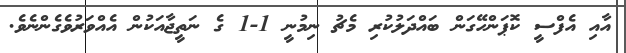
އާއި އެފްސީ ކޮޕަންހޭގަން ބައްދަލުކުރި މެޗު ނިމުނީ 1-1 ގެ ނަތީޖާއަކުން އެއްވަރުވެގެންނެވެ.